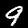
Digit: 9